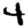
Digit: 4